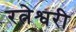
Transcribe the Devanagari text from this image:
रत्नेश्वरी